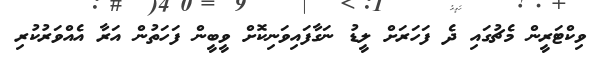
ވިކްޓަރީން މެޗުގައި ދެ ފަހަރަށް ލީޑު ނަގާފައިވަނިކޮށް ވީބީން ފަހަތުން އަރާ އެއްވަރުކުރި